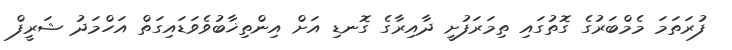
ފުރަތަމަ މެމްބަރުގެ ގޮތުގައި ތިމަރަފުށީ ދާއިރާގެ ގޮނޑި އަށް އިންތިޚާބުވެވަޑައިގަތް އަހްމަދު ޝަރީފް